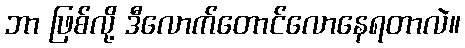
ဘာ ဖြစ်လို့ ဒီလောက်တောင်လောနေရတာလဲ။